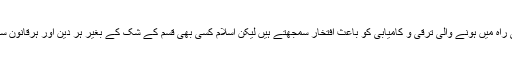
ہر انسان اور تمام آدیان آسمانی علم و دانش کے حصول کے لیے تاکید کرتے ہیں اور علم و حکمت کی راہ میں ہونے والی ترقی و کامیابی کو باعث افتخار سمجھتے ہیں لیکن اسلام کسی بھی قسم کے شک کے بغیر ہر دین اور ہرقانون سے زیادہ علم و دانش کو اہمیت و برتری دیتا ہے اور انسانوں کو تعلیم و تعلم کی طرف دعوت دیتا ہے۔